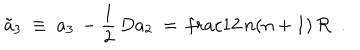
\tilde { a } _ { 3 } \ \equiv \ a _ { 3 } \, - { \frac { 1 } { 2 } } \, D a _ { 2 } \ = \, \frac { 1 } { 2 } \, n ( n + 1 ) \, { \cal R } \ \ .